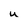
Character: u